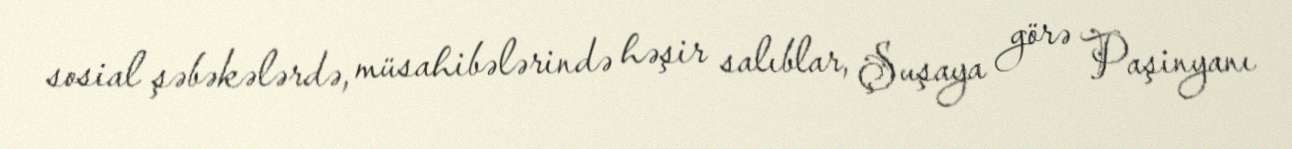
sosial şəbəkələrdə, müsahibələrində həşir salıblar, Şuşaya görə Paşinyanı